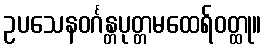
ဥပသေနဝင်္ဂန္တပုတ္တမထေရ်ဝတ္ထု။